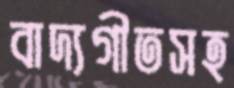
বাদ্যগীতসহ